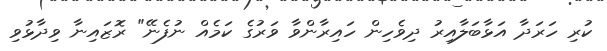
ކުރި ހަރަދާ އަޅާބަލާއިރު ދިވެހިން ހައިރާންވާ ވަރުގެ ކަމެއް ނުފެނޭ" ރޮޒައިނާ ވިދާޅުވި